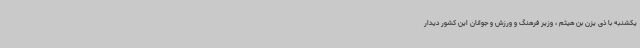
یکشنبه با ذی یزن بن هیثم ، وزیر فرهنگ و ورزش و جوانان این کشور دیدار